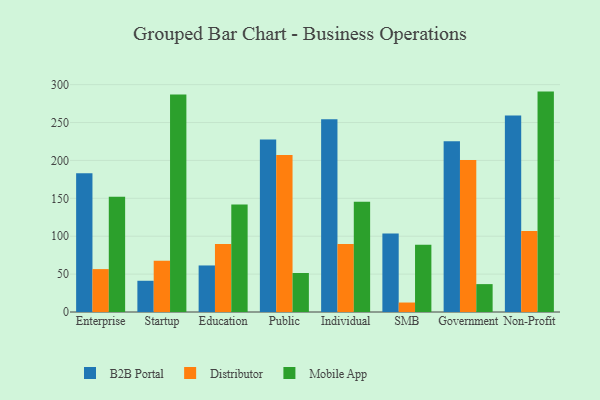
{"axis": {"x": "Segment", "y": "Gross Profit (USD K)"}, "legend": ["B2B Portal", "Distributor", "Mobile App"], "data": [{"x": "Enterprise", "y": 183.0, "type": "B2B Portal"}, {"x": "Enterprise", "y": 56.6, "type": "Distributor"}, {"x": "Enterprise", "y": 152.2, "type": "Mobile App"}, {"x": "Startup", "y": 41.2, "type": "B2B Portal"}, {"x": "Startup", "y": 67.5, "type": "Distributor"}, {"x": "Startup", "y": 287.1, "type": "Mobile App"}, {"x": "Education", "y": 61.4, "type": "B2B Portal"}, {"x": "Education", "y": 89.7, "type": "Distributor"}, {"x": "Education", "y": 142.0, "type": "Mobile App"}, {"x": "Public", "y": 227.7, "type": "B2B Portal"}, {"x": "Public", "y": 207.2, "type": "Distributor"}, {"x": "Public", "y": 51.5, "type": "Mobile App"}, {"x": "Individual", "y": 254.3, "type": "B2B Portal"}, {"x": "Individual", "y": 89.8, "type": "Distributor"}, {"x": "Individual", "y": 145.6, "type": "Mobile App"}, {"x": "SMB", "y": 103.7, "type": "B2B Portal"}, {"x": "SMB", "y": 12.5, "type": "Distributor"}, {"x": "SMB", "y": 88.8, "type": "Mobile App"}, {"x": "Government", "y": 225.2, "type": "B2B Portal"}, {"x": "Government", "y": 200.7, "type": "Distributor"}, {"x": "Government", "y": 36.8, "type": "Mobile App"}, {"x": "Non-Profit", "y": 259.3, "type": "B2B Portal"}, {"x": "Non-Profit", "y": 106.8, "type": "Distributor"}, {"x": "Non-Profit", "y": 290.8, "type": "Mobile App"}]}